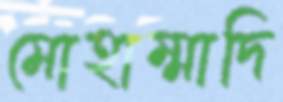
মোহাম্মাদি